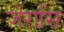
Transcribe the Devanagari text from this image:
जेरासि